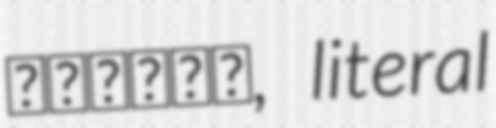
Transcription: جلاوطن, literal